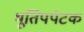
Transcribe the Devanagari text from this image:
भूतिपर्पटक